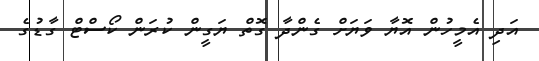
އަދި އެމީހުން އޮޔާ ވަޔަށް ގެންދާ ގޮތް ޔަގީން ކުރަން ކޯސްޓް ގާޑުގެ